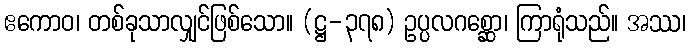
ဧကောဝ၊ တစ်ခုသာလျှင်ဖြစ်သော။ (ဋ္ဌ-၃၇၈) ဥပ္ပလဂစ္ဆော၊ ကြာရုံသည်။ အဿ၊